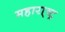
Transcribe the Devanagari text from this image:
महारा़्ष्ट्र